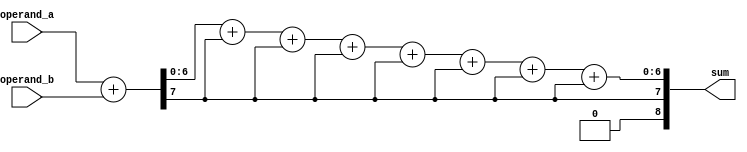
module brent_kung_adder (
  input [N-1:0] operand_a,
  input [N-1:0] operand_b,
  output [N:0] sum
);

// Number of bits for operands
parameter N = 8;

// Output signal for each stage
reg [N:0] stage[N-1:0];

// Generate signals for inputs to each stage
assign stage[0][N-1:0] = operand_a + operand_b;
assign stage[0][N] = 1'b0;

// Implement the tree structure for addition
genvar i;
generate
  for (i = 1; i < N; i = i + 1) begin : stages
    assign stage[i] = {stage[i-1][N-1], stage[i-1][N-2:0] + stage[i-1][N-1:N-1]};
  end
endgenerate

// Output the sum
assign sum = stage[N-1];

endmodule